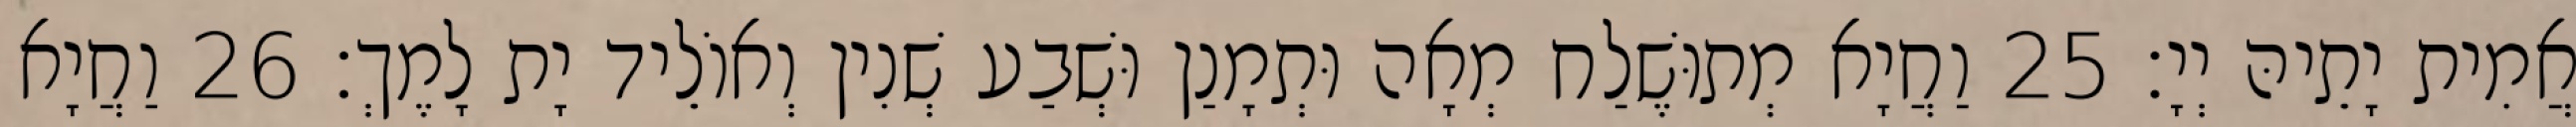
אֲמִית יָתֵיהּ יְיָ׃ 25 וַחֲיָא מְתוּשֶׁלַח מְאָה וּתְמָנַן וּשְׁבַע שְׁנִין וְאוֹלֵיד יָת לָמֶךְ׃ 26 וַחֲיָא